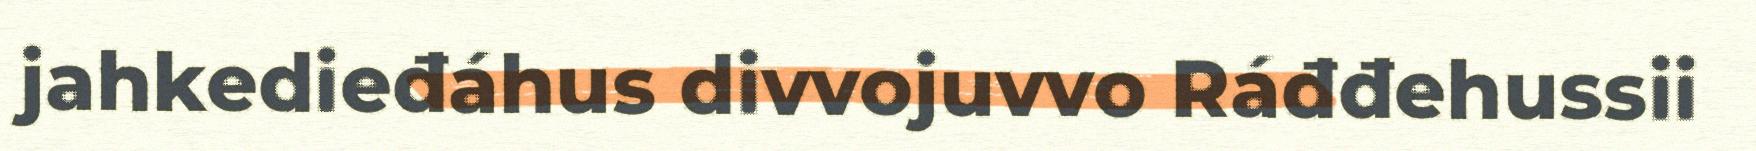
jahkedieđáhus divvojuvvo Ráđđehussii